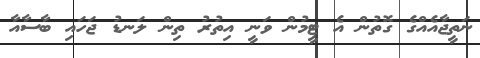
ނަތީޖާއެއްގެ ގޮތުން އެ ޓީމުން ވަނީ އިތުރު ތިން ލަނޑު ޖަހައި ބާސާއާ